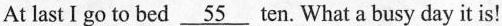
At last I go to bed \underline{55} ten. What a busy day it is!